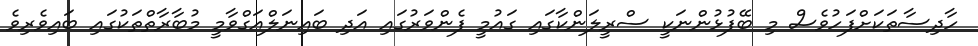
ހާދިސާތަކަށްފަހުވެސް މި ބޭފުޅުންނަކީ ސްރީލަންކާގައި ގައުމީ ފެންވަރުގައި އަދި ބައިނަލްއަގްވާމީ މުބާރާތްތަކުގައި ބައިވެރިވެ